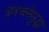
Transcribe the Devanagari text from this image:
प्रवचनेसुद्धा